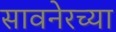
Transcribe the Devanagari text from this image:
सावनेरच्या